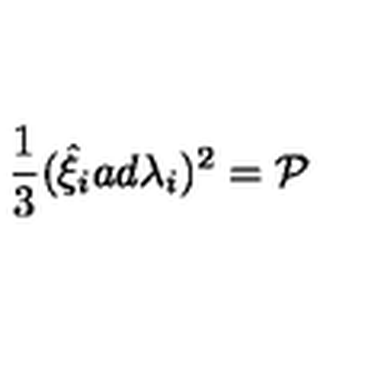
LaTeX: \frac { 1 } { 3 } ( { \hat { \xi } } _ { i } a d { \lambda } _ { i } ) ^ { 2 } = { \cal P }